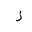
Letter: _zay